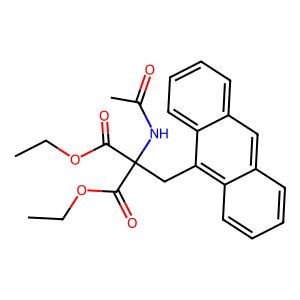
SMILES: CCOC(=O)C(Cc1c2ccccc2cc2ccccc12)(NC(C)=O)C(=O)OCC
Inhibits HIV replication: No